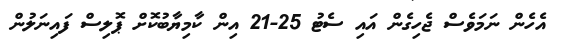
އެހެން ނަމަވެސް ޖެހިގެން އައި ސެޓު 25-21 އިން ކާމިޔާބުކޮށް ޕޮލިސް ފައިނަލުން